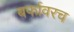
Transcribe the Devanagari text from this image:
बर्फावरच